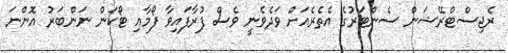
ރެޖިސްޓްރޭޝަން ސެންޓަރުގެ އެތެރެއަށް ވަދެވެނީ ވެސް ފުރާފައިވާ ފޯމާއި ޓޯކަން ނަންބަރު އޮންނަ